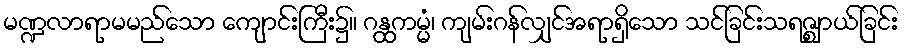
မဏ္ဍလာရာမမည်သော ကျောင်းကြီး၌။ ဂန္ထကမ္မံ၊ ကျမ်းဂန်လျှင်အရာရှိသော သင်ခြင်းသရဇ္ဈာယ်ခြင်း